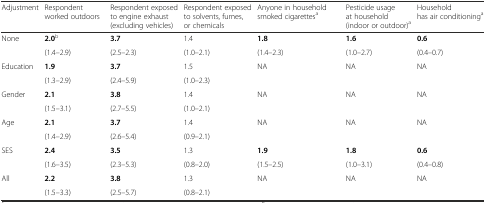
<table><thead><tr><td><b>Adjustment</b></td><td><b>Respondent worked outdoors</b></td><td><b>Respondent exposed to engine exhaust (excluding vehicles)</b></td><td><b>Respondent exposed to solvents, fumes, or chemicals</b></td><td><b>Anyone in household smoked cigarettes<sup>a</sup></b></td><td><b>Pesticide usage at household (indoor or outdoor)<sup>a</sup></b></td><td><b>Household has air conditioning<sup>a</sup></b></td></tr></thead><tbody><tr><td rowspan="2">None</td><td><b>2.0</b><sup>b</sup></td><td><b>3.7</b></td><td>1.4</td><td><b>1.8</b></td><td><b>1.6</b></td><td><b>0.6</b></td></tr><tr><td>(1.4–2.9)</td><td>(2.5–2.3)</td><td>(1.0–2.1)</td><td>(1.4–2.3)</td><td>(1.0–2.7)</td><td>(0.4–0.7)</td></tr><tr><td rowspan="2">Education</td><td><b>1.9</b></td><td><b>3.7</b></td><td>1.5</td><td>NA</td><td>NA</td><td>NA</td></tr><tr><td>(1.3–2.9)</td><td>(2.4–5.9)</td><td>(1.0–2.3)</td><td></td><td></td><td></td></tr><tr><td rowspan="2">Gender</td><td><b>2.1</b></td><td><b>3.8</b></td><td>1.4</td><td>NA</td><td>NA</td><td>NA</td></tr><tr><td>(1.5–3.1)</td><td>(2.7–5.5)</td><td>(1.0–2.1)</td><td></td><td></td><td></td></tr><tr><td rowspan="2">Age</td><td><b>2.1</b></td><td><b>3.7</b></td><td>1.4</td><td>NA</td><td>NA</td><td>NA</td></tr><tr><td>(1.4–2.9)</td><td>(2.6–5.4)</td><td>(0.9–2.1)</td><td></td><td></td><td></td></tr><tr><td rowspan="2">SES</td><td><b>2.4</b></td><td><b>3.5</b></td><td>1.3</td><td><b>1.9</b></td><td><b>1.8</b></td><td><b>0.6</b></td></tr><tr><td>(1.6–3.5)</td><td>(2.3–5.3)</td><td>(0.8–2.0)</td><td>(1.5–2.5)</td><td>(1.0–3.1)</td><td>(0.4–0.8)</td></tr><tr><td rowspan="2">All</td><td><b>2.2</b></td><td><b>3.8</b></td><td>1.3</td><td>NA</td><td>NA</td><td>NA</td></tr><tr><td>(1.5–3.3)</td><td>(2.5–5.7)</td><td>(0.8–2.1)</td><td></td><td></td><td></td></tr></tbody></table>